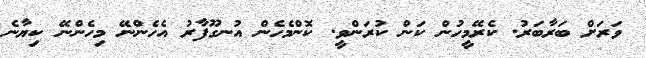
ވަރަށް ބަރާބަރު. ކެރޭމީހުން ކަން ކުރަންވީ. ކޮންމެހެން އުނގޫފާރު އެހެންނޭ މިހެންނޭ ކިޔާނެ